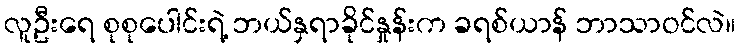
လူဦးရေ စုစုပေါင်းရဲ့ ဘယ်နှရာခိုင်နှုန်းက ခရစ်ယာန် ဘာသာဝင်လဲ။